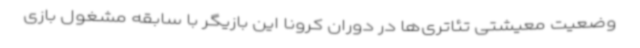
وضعیت معیشتی تئاتری‌ها در دوران کرونا این بازیگر با سابقه مشغول بازی